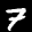
Label: 7